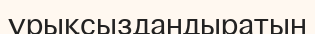
ұрықсыздандыратын